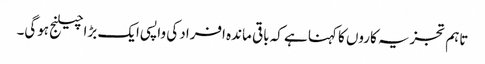
تاہم تجزیہ کاروں کا کہنا ہے کہ باقی ماندہ افراد کی واپسی ایک بڑا چیلنج ہوگی۔